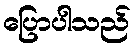
ပြောပါသည်